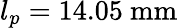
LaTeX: l_{p}=14.05~\textrm{mm}